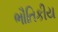
ભૌતિકીય